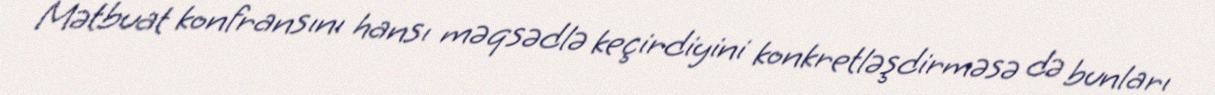
Mətbuat konfransını hansı məqsədlə keçirdiyini konkretləşdirməsə də bunları